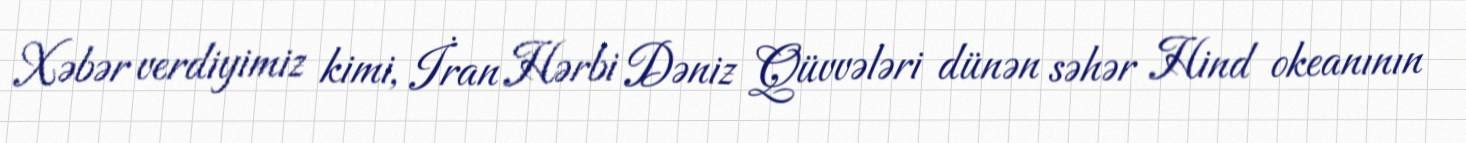
Xəbər verdiyimiz kimi, İran Hərbi Dəniz Qüvvələri dünən səhər Hind okeanının